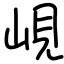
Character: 峴